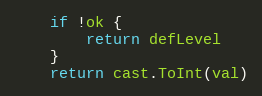
Language: Go
	if !ok {
		return defLevel
	}
	return cast.ToInt(val)